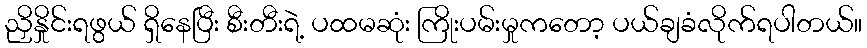
ညှိနှိုင်းရဖွယ် ရှိနေပြီး စီးတီးရဲ့ ပထမဆုံး ကြိုးပမ်းမှုကတော့ ပယ်ချခံလိုက်ရပါတယ်။